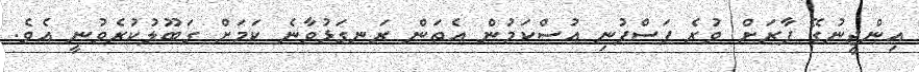
އިންޖީނުގޭ ފާރަށް ވުރެ ފަސްފުނި އުސްކަމުން އެތަން ރަނގަޅުވާނެ ކަމަށް ގަބޫލުކުރެވުނީ އެވެ.